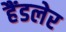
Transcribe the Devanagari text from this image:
हैंडलेर